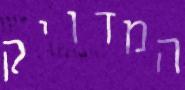
המדויק